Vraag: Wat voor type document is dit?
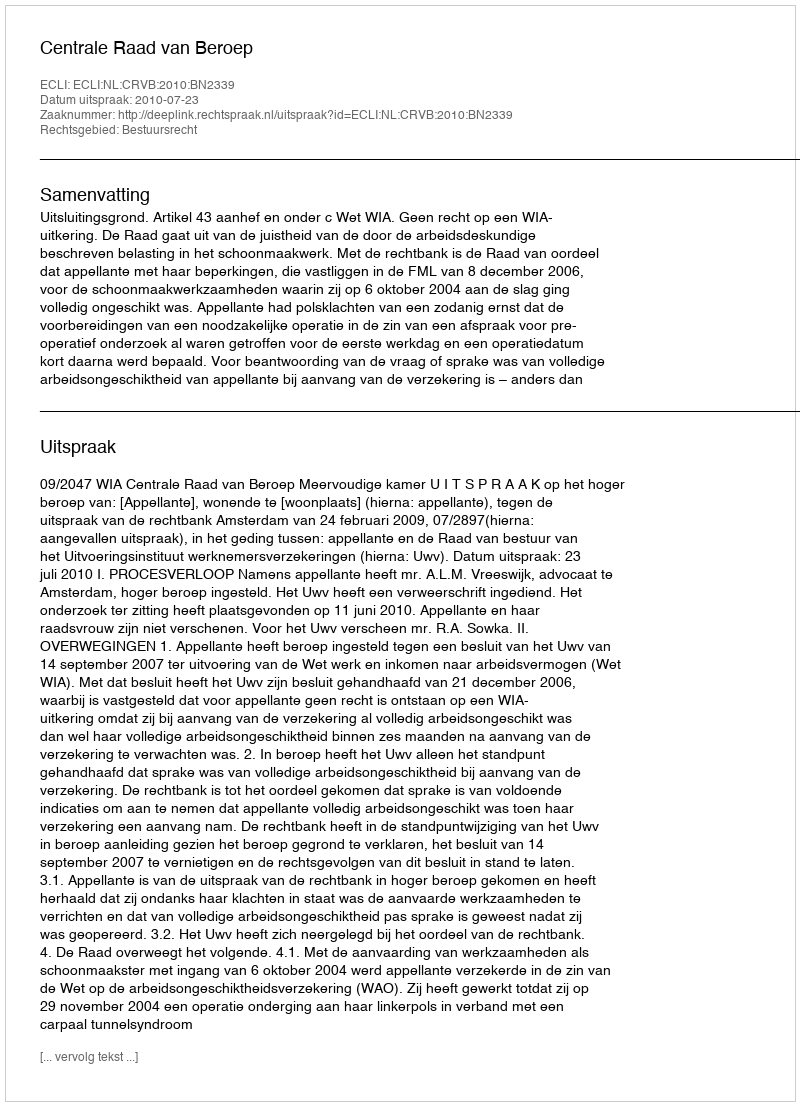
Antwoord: Uitspraak